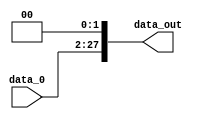
module shift_left_2_PC (
    input wire [25:0] data_0, // entrada so os 26 bits da instruo
    output wire [27:0] data_out // saida para pc source
);
    assign data_out =  {data_0, {2{1'b0}}}; //concatena in com 0 extendido para 2 bits

endmodule